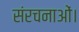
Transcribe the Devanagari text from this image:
संरचनाओं।